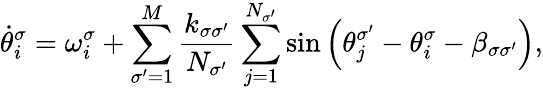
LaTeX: \dot{\theta}_{i}^{\sigma}=\omega_{i}^{\sigma}+\sum_{\sigma^{\prime}=1}^{M}\frac{k_{\sigma\sigma^{\prime}}}{N_{\sigma^{\prime}}}\sum_{j=1}^{N_{\sigma^{\prime}}}\sin{\left(\theta_{j}^{\sigma^{\prime}}-\theta_{i}^{\sigma}-\beta_{\sigma\sigma^{\prime}}\right)},